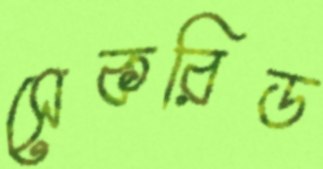
সেকরিড